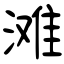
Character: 滩